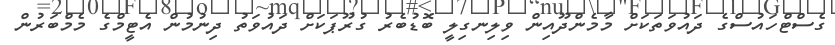
ގެސްޓްހައުސްގެ ދައުވަތަކަށް މާމެންދޫއިން ވިލިނގިލީ ބޮޑުބެރު ގުރޫޕަކަށް ދައުވަތު ދިނުމުން އެޓީމްގެ މެމްބަރުން